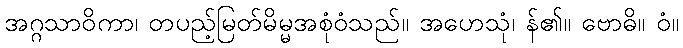
အဂ္ဂသာဝိကာ၊ တပည့်မြတ်မိမ္မအစုံဝံသည်။ အဟေသုံ၊ န်၏။ ဗောဓိ။ ဝံ။